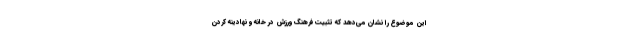
این موضوع را نشان می‌دهد که تثبیت فرهنگ ورزش در خانه و نهادینه کردن